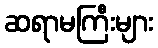
ဆရာမကြီးများ